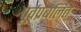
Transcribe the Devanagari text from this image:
पूर्वप्रबलित